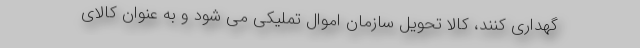
گهداری کنند، کالا تحویل سازمان اموال تملیکی می شود و به عنوان کالای